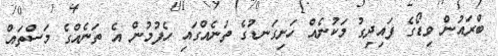
ބްރައުން ވިޑޯގެ ފައިދިގު މަކުނެއް ހަށިގަނޑުގެ ތަނެއްގައި ހެފުމުން އެ ތަނެއްގެ މަސްތައް